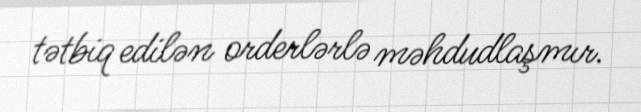
tətbiq edilən orderlərlə məhdudlaşmır.